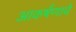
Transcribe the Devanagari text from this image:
आकर्षणाचे